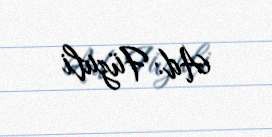
Ad: Füzuli